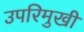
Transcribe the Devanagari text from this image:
उपरिमुखी